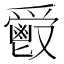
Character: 𩰣